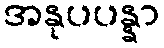
အနုပပန္နာ